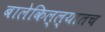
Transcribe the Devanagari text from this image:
बालेकिल्ल्यातच